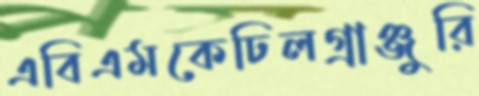
এবিএমকেঢিলগ্রাঞ্জুরি